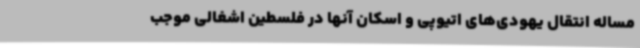
مساله انتقال یهودی‌های اتیوپی و اسکان آنها در فلسطین اشغالی موجب